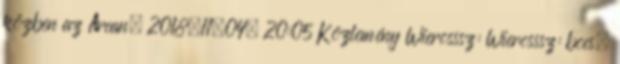
közben az Arcan. 2018.11.04. 20:05 Közlemény Wierosssz: Wierosssz: bocs,